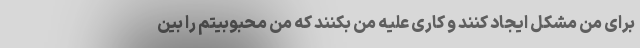
برای من مشکل ایجاد کنند و کاری علیه من بکنند که من محبوبیتم را بین